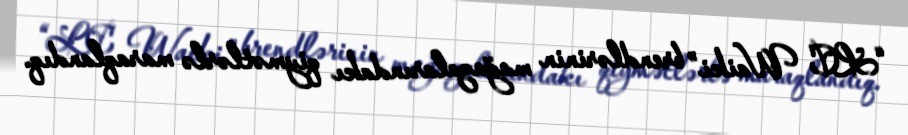
“LC Waiki” brendlərinin mağazalarındakı qiymətlərlə maraqlandıq.